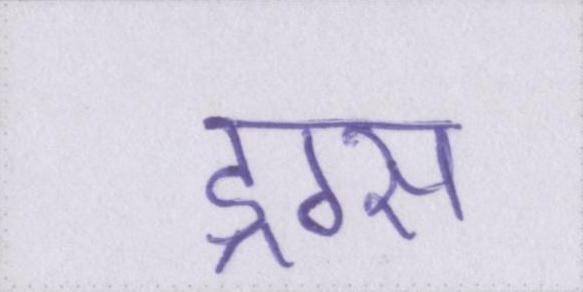
ड्रग्स